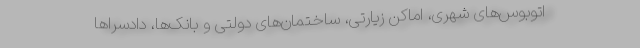
اتوبوس‌های شهری، اماکن زیارتی، ساختمان‌های دولتی و بانک‌ها، دادسراها